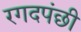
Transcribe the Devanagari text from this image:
रगदपंछी